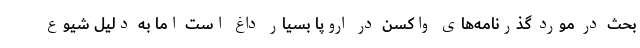
بحث در مورد گذرنامه‌های واکسن در اروپا بسیار داغ است اما به دلیل شیوع